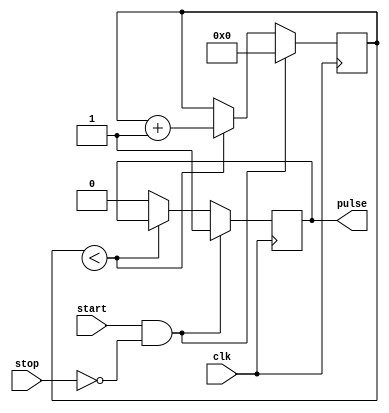
module Asynchronous_Pulse_Generator (
    input wire clk, // The clock signal
    input wire start, // Input to start generating the pulse
    input wire stop, // Input to stop generating the pulse
    output reg pulse // Output pulse signal
);

reg [31:0] counter; // Counter for pulse duration

always @ (posedge clk) begin
    if (start && !stop) begin
        // Start generating the pulse
        counter <= 0;
        pulse <= 1'b1;
    end else if (counter < {PULSE_DURATION}) begin
        // Continue generating the pulse
        counter <= counter + 1;
    end else begin
        // Stop generating the pulse
        pulse <= 1'b0;
    end
end

endmodule